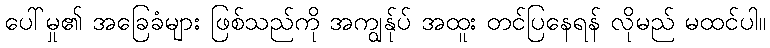
ပေါ်မှု၏ အခြေခံများ ဖြစ်သည်ကို အကျွန်ုပ် အထူး တင်ပြနေရန် လိုမည် မထင်ပါ။